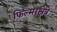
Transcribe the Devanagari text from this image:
फिल्मरक्षेत्रे